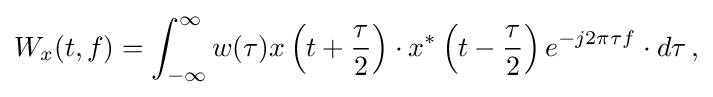
{\begin{aligned}W_{x}(t,f)=\int _{-\infty }^{\infty }w(\tau )x\left(t+{\frac {\tau }{2}}\right)\cdot x^{*}\left(t-{\frac {\tau }{2}}\right)e^{-j2\pi \tau f}\cdot d\tau \,,\end{aligned}}